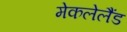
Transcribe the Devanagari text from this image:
मेकलेलैंड